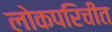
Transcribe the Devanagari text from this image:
लोकपरिचीत